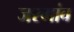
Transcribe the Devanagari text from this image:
जरगांव